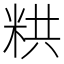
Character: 粠